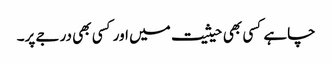
چاہے کسی بھی حیثیت میں اور کسی بھی درجے پر۔